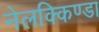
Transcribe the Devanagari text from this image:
नेलक्किण्डा